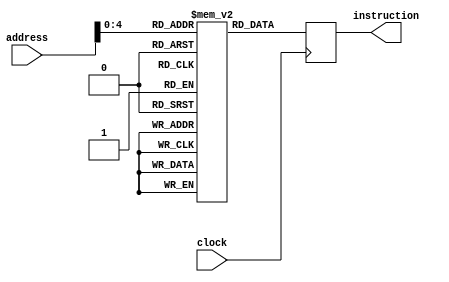
module instruction_memory(instruction, address, clock);

	input [31:0] address;
	input clock;
	output reg[31:0] instruction;
	
	reg [31:0] INST_MEMORY[0:16];
	
	always @(posedge clock) begin
		//$readmemb("instruction.mem", INST_MEMORY);
		instruction <= INST_MEMORY[address];
	end
	
endmodule